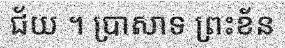
ជ័យ ។ ប្រាសាទ ព្រះខ័ន